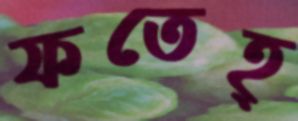
ফতেহ্